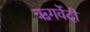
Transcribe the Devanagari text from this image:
ऋगर्वेदी